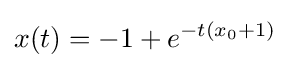
x(t)=-1+e^{-t\left(x_{0}+1\right)}